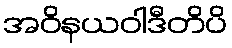
အဝိနယဝါဒီတိပိ